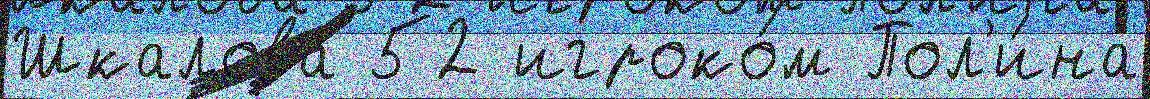
Шкалова 52 игроко́м Пол'и́на